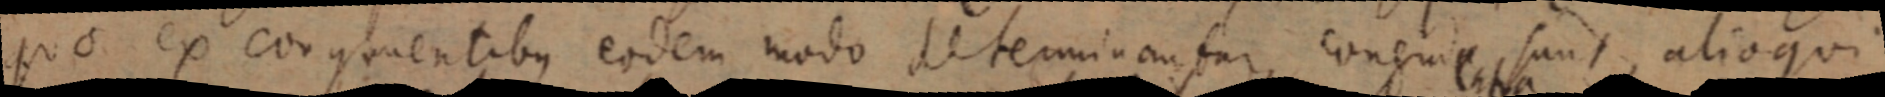
quo ex congruentibus eodem modo determinantur, congrua sunt, alioqui